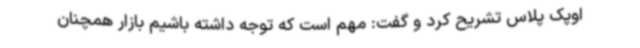
اوپک پلاس تشریح کرد و گفت: مهم است که توجه داشته باشیم بازار همچنان